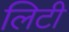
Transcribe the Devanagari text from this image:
लिटी